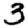
Digit: 3